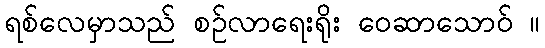
ရစ်လေမှာသည် စဉ်လာရေးရိုး ဝေဆာသောဝ် ။